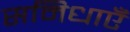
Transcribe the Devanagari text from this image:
समिधाएँ